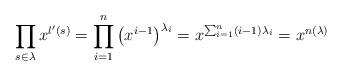
LaTeX: \begin{align*}\prod_{s\in \lambda} x^{l'(s)} = \prod_{i=1}^n \left(x^{i-1} \right)^{\lambda_i} = x^{\sum_{i=1}^n (i-1)\lambda_i}= x^{n(\lambda)}\end{align*}